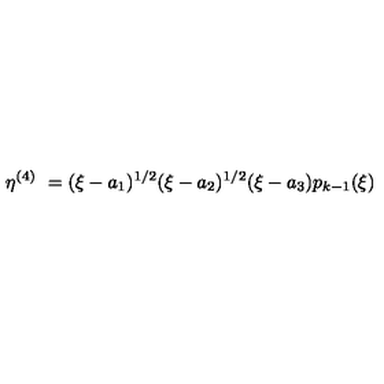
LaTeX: \eta ^ { ( 4 ) } \ = ( \xi - a _ { 1 } ) ^ { 1 / 2 } ( \xi - a _ { 2 } ) ^ { 1 / 2 } ( \xi - a _ { 3 } ) p _ { k - 1 } ( \xi )